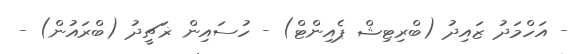
- އަހްމަދު ޒައިދު (ބްރިޓިޝް ޕެއިންޓް) - ހުސައިން ޜަޗީދު (ބްރައުން) -